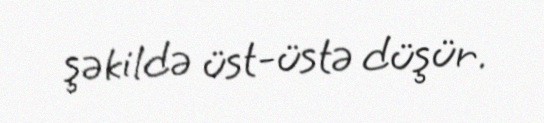
şəkildə üst-üstə düşür.